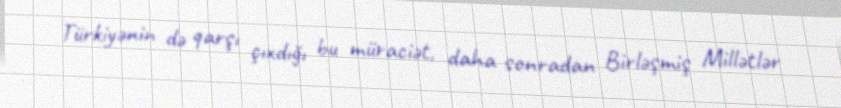
Türkiyənin də qarşı çıxdığı bu müraciət, daha sonradan Birləşmiş Millətlər